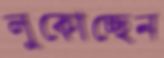
লুকোচ্ছেন